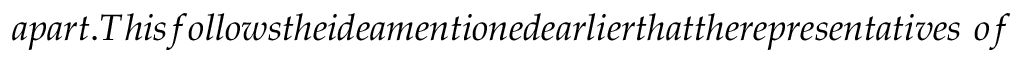
a p a r t . T h i s f o l l o w s t h e i d e a m e n t i o n e d e a r l i e r t h a t t h e r e p r e s e n t a t i v e s \ o f